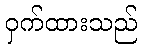
ဝှက်ထားသည်